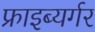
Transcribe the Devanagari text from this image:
फ्राइब्यर्गर